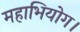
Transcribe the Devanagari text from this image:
महाभियोग।